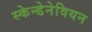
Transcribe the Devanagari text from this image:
स्केन्डेनेवियन